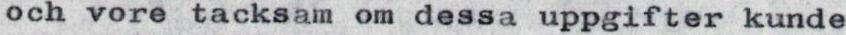
och vore tacksam om dessa uppgifter kunde